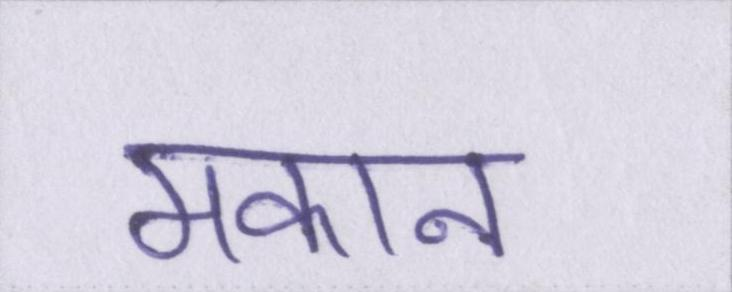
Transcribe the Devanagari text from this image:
मकान